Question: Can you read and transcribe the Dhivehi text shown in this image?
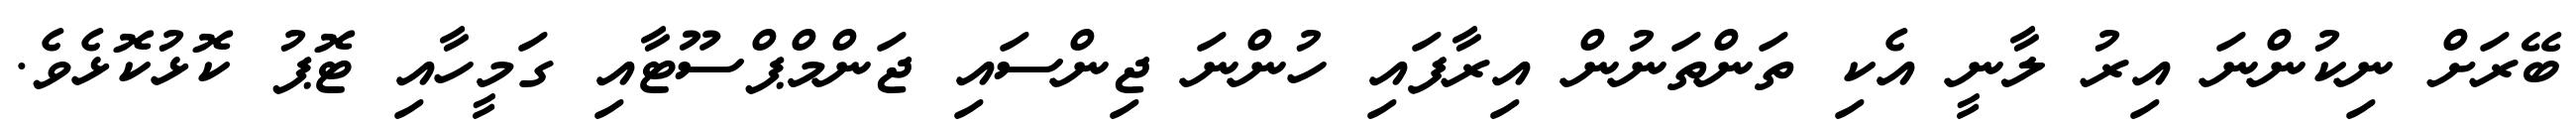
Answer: ބޭރަށް ނިކުންނަ އިރު ލާނީ އެކި ތަންތަނުން އިރާފައި ހުންނަ ޖިންސައި ޖަންމްޕްސޫޓާއި ގަމީހާއި ޓޮޕު ކޮޅުކޮޅެވެ.